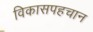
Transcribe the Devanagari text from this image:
विकासपहचान